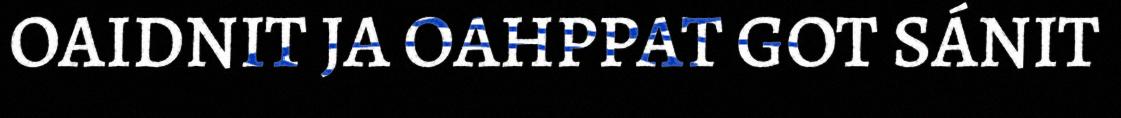
OAIDNIT JA OAHPPAT GOT SÁNIT